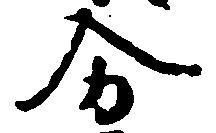
分